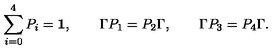
\sum _ { i = 0 } ^ { 4 } P _ { i } = { \bf 1 } , \qquad \Gamma P _ { 1 } = P _ { 2 } \Gamma , \qquad \Gamma P _ { 3 } = P _ { 4 } \Gamma .